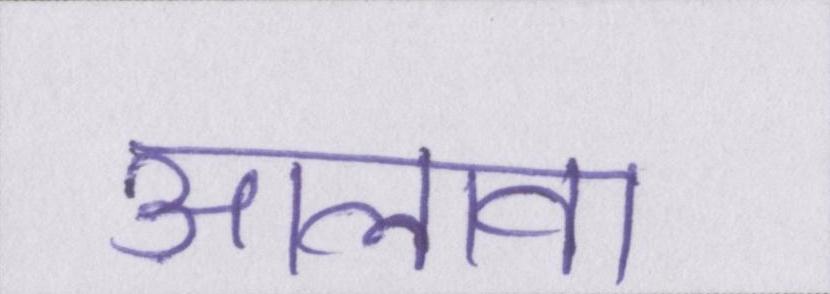
आलावा